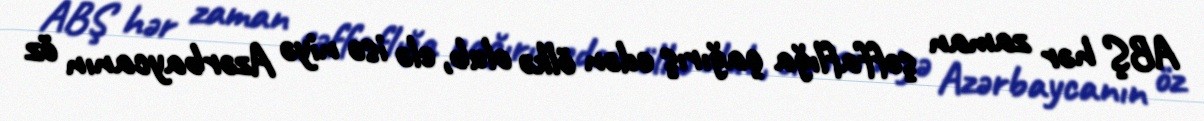
ABŞ hər zaman şəffaflığa çağırış edən ölkə olub, elə isə niyə Azərbaycanın öz